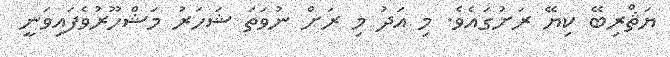
ޔަޘްރިބޭ ކިޔޭ ރަށުގައެވެ. މި އަދު މި ރަށް ނުވަތަ ޝަހަރު މަޝްހޫރުވެފައިވަނީ